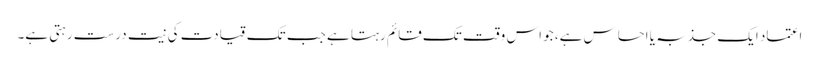
اعتماد ایک جذبہ یا احساس ہے، جو اس وقت تک قائم رہتا ہے جب تک قیادت کی نیت درست رہتی ہے۔